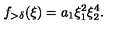
f _ { > \delta } ( \xi ) = a _ { 1 } \xi _ { 1 } ^ { 2 } \xi _ { 2 } ^ { 4 } .